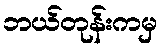
ဘယ်တုန်းကမှ